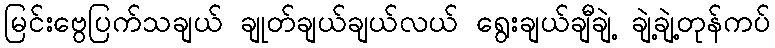
မြင်းဗွေပြက်သချယ် ချုတ်ချယ်ချယ်လယ် ရွေးချယ်ချီချဲ့ ချဲ့ချဲ့တုန်ကပ်